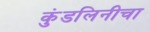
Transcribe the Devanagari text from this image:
कुंडलिनीचा